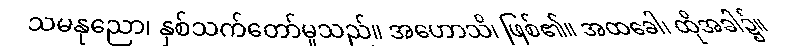
သမနုညော၊ နှစ်သက်တော်မူသည်။ အဟောသိ၊ ဖြစ်၏။ အထခေါ၊ ထိုအခါ၌။